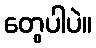
တွေပါပဲ။